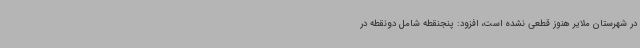
در شهرستان ملایر هنوز قطعی نشده است، افزود: پنجنقطه شامل دونقطه در